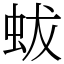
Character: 蛂